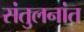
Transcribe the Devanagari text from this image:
संतुलनांत